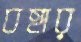
বহার